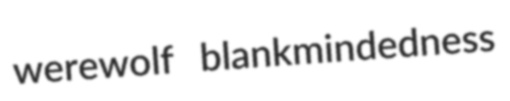
werewolf blankmindedness